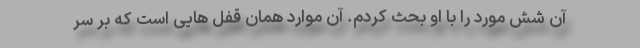
آن شش مورد را با او بحث کردم. آن موارد همان قفل هایی است که بر سر